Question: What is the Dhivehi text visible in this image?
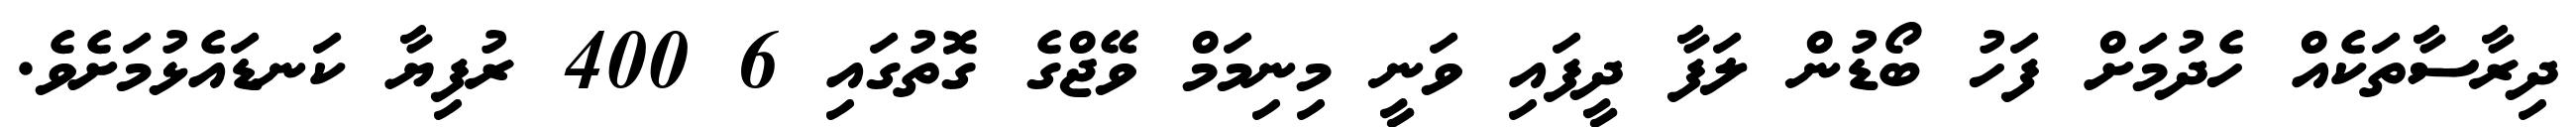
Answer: ދިރާސާތަކެއް ހެދުމަށް ފަހު ބޯޑުން ލަފާ ދީފައި ވަނީ މިނިމަމް ވޭޖްގެ ގޮތުގައި 6 400 ރުފިޔާ ކަނޑައެޅުމަށެވެ.